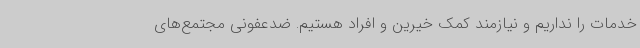
خدمات را نداریم و نیازمند کمک خیرین و افراد هستیم. ضدعفونی مجتمع‌های